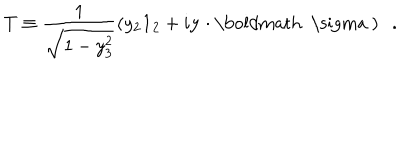
T \equiv \frac { 1 } { \sqrt { 1 - y _ { 3 } ^ { 2 } } } \left( y _ { 2 } { \bf 1 } _ { 2 } + i { \bf y } \cdot \mathrm { \boldmath ~ \ s i g m a ~ } \right) \; \; .